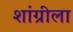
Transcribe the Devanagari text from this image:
शांग्रीला